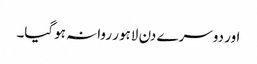
اور دوسرے دن لاہور روانہ ہوگیا۔